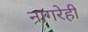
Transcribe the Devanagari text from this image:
नागरेही